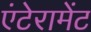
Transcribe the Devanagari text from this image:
एंटेरामेंट